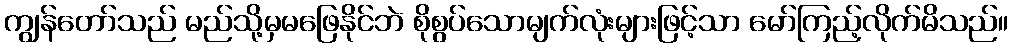
ကျွန်တော်သည် မည်သို့မှမဖြေနိုင်ဘဲ စိုစွပ်သောမျက်လုံးများဖြင့်သာ မော်ကြည့်လိုက်မိသည်။